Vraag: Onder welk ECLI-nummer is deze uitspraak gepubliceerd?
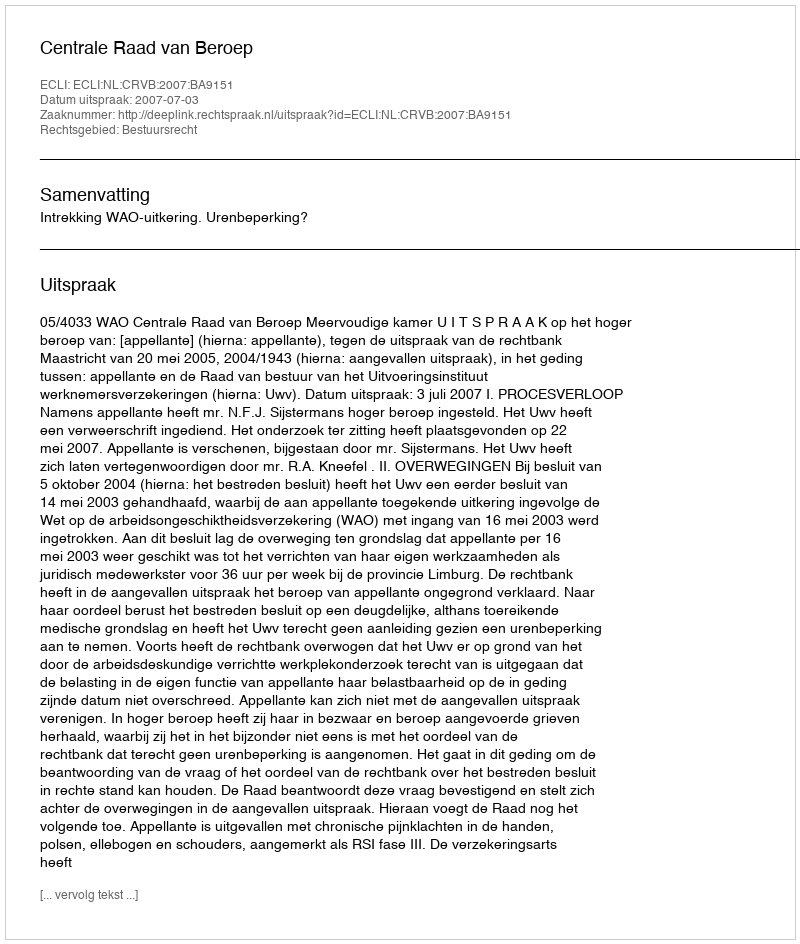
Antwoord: ECLI:NL:CRVB:2007:BA9151